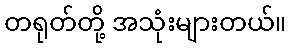
တရုတ်တို့ အသုံးများတယ်။